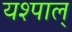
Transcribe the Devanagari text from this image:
यश्पाल्